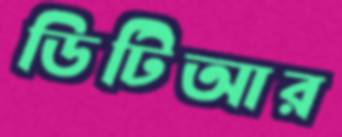
ডিটিআর